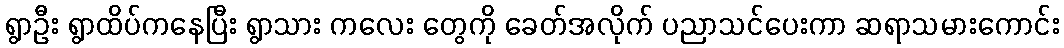
ရွာဦး ရွာထိပ်ကနေပြီး ရွာသား ကလေး တွေကို ခေတ်အလိုက် ပညာသင်ပေးကာ ဆရာသမားကောင်း